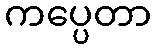
ကပ္ပေတာ